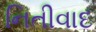
નિતીવાદ